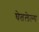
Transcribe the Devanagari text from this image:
घेतलेल्य